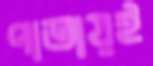
পাতায়ই